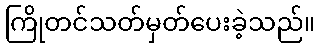
ကြိုတင်သတ်မှတ်ပေးခဲ့သည်။